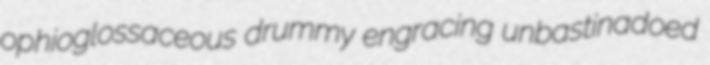
ophioglossaceous drummy engracing unbastinadoed